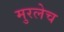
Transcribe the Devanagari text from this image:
मुरलेच